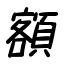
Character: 額